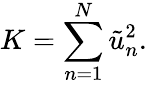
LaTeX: K=\sum_{n=1}^{N}\tilde{u}_{n}^{2}.